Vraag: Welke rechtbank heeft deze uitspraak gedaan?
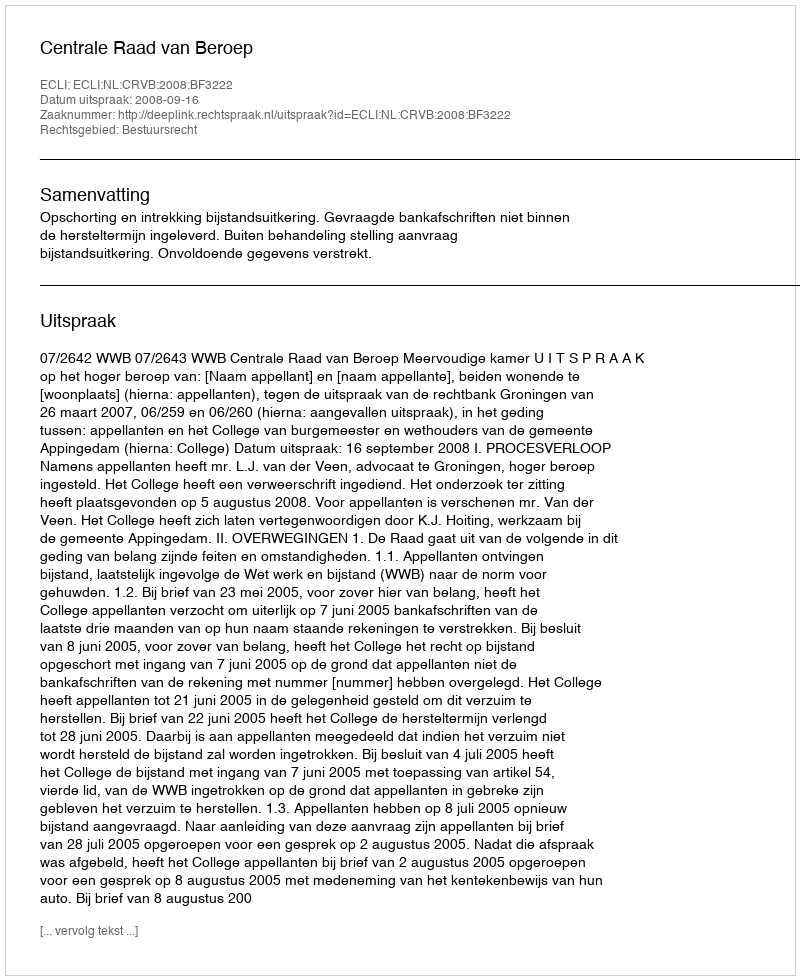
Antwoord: Centrale Raad van Beroep